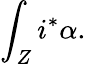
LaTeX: \int_{Z}i^{*}\alpha.